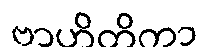
ဗာဟိတိကာ